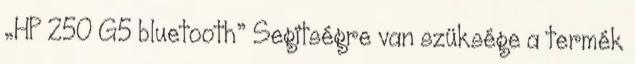
„HP 250 G5 bluetooth” Segítségre van szüksége a termék